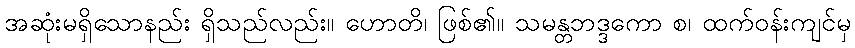
အဆုံးမရှိသောနည်း ရှိသည်လည်း။ ဟောတိ၊ ဖြစ်၏။ သမန္တဘဒ္ဒကော စ၊ ထက်ဝန်းကျင်မှ